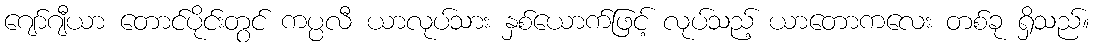
ဂျော်ဂျီယာ တောင်ပိုင်းတွင် ကပ္ပလီ ယာလုပ်သား နှစ်ယောက်ဖြင့် လုပ်သည့် ယာတောကလေး တစ်ခု ရှိသည်။